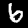
Label: 6